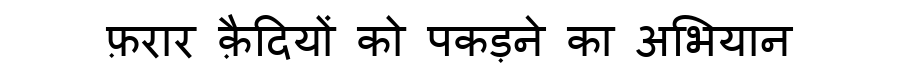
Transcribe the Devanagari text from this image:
फ़रार क़ैदियों को पकड़ने का अभियान